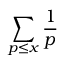
\sum _ { p \leq x } { \frac { 1 } { p } }